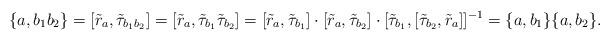
LaTeX: \begin{align*} \{a, b_{1}b_{2} \} = [\tilde{r}_{a}, \tilde{\tau}_{b_1 b_2}]= [\tilde{r}_a, \tilde{\tau}_{b_1} \tilde{\tau}_{b_2}] = [\tilde{r}_{a}, \tilde{\tau}_{b_1}] \cdot [\tilde{r}_{a}, \tilde{\tau}_{b_2}] \cdot [\tilde{\tau}_{b_1}, [ \tilde{\tau}_{b_2}, \tilde{r}_{a} ] ]^{-1} = \{a, b_1\} \{a, b_2\}.\end{align*}